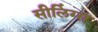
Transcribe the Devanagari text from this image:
सीलिंग्स